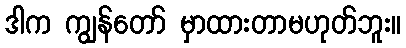
ဒါက ကျွန်တော် မှာထားတာမဟုတ်ဘူး။